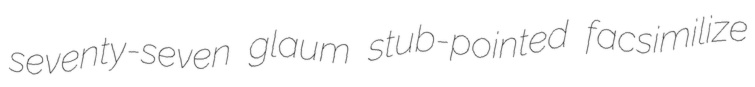
seventy-seven glaum stub-pointed facsimilize